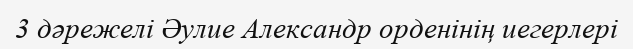
3 дәрежелі Әулие Александр орденінің иегерлері